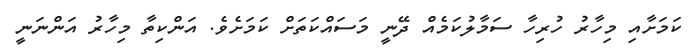
ކަމަށާއި މިހާރު ހުރިހާ ސަމާލުކަމެއް ދޭނީ މަސައްކަތަށް ކަމަށެވެ. އަންކިތާ މިހާރު އަންނަނީ